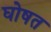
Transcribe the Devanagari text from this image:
घोषत